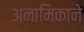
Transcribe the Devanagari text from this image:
अनामिकाने